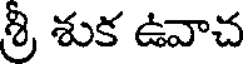
శ్రీ శుక ఉవాచ